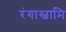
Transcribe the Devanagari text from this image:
रंगास्वामि